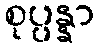
စုပ္ပန္နာ